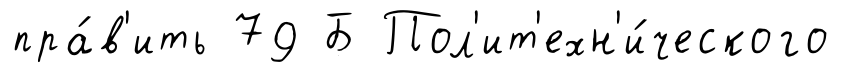
пра́в'ить 79 Б Пол'ит'ехн'и́ческого